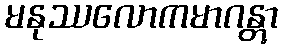
မနုဿလောကမာဂန္တွာ